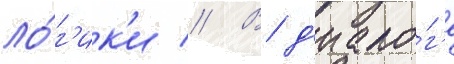
ло́г'ик'и // В д'иало́г'е